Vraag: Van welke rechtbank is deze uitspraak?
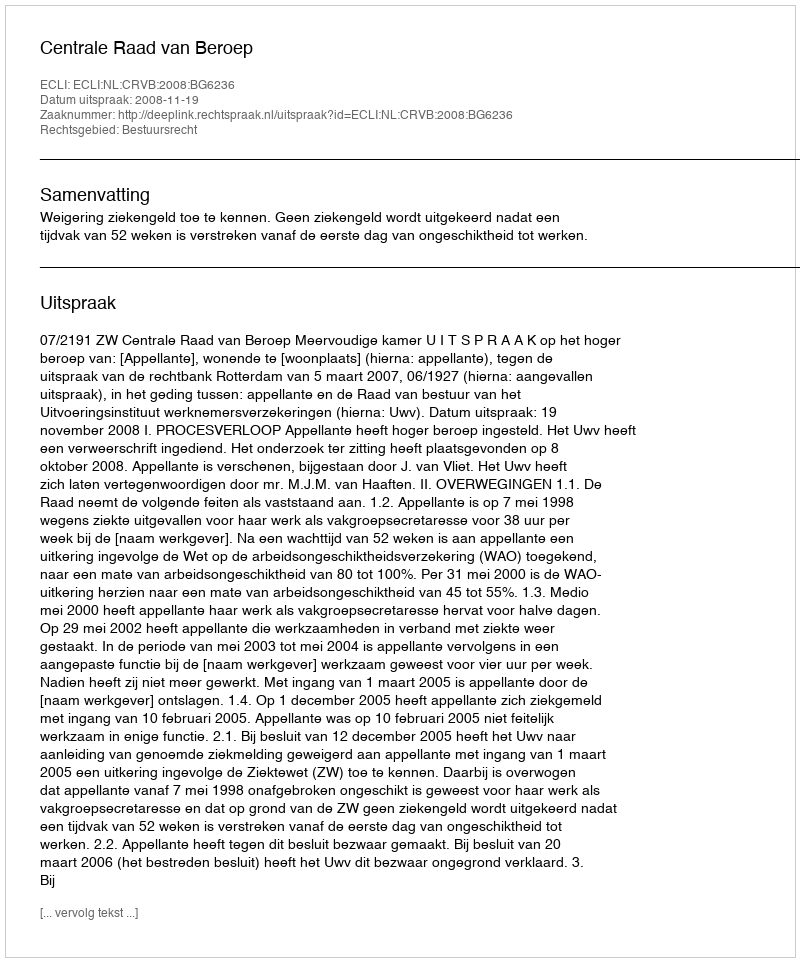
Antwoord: Centrale Raad van Beroep